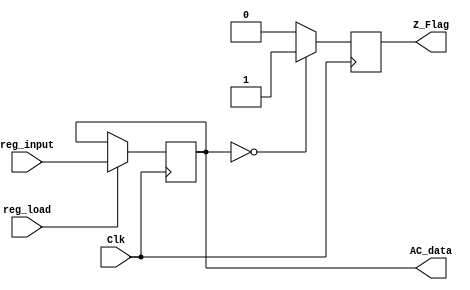
`timescale 1ns / 1ps

module AC_Register(
			reg_input,
			Clk,
			AC_data,
			reg_load,
			Z_Flag
    );
	 
input [15:0] reg_input;
input Clk;
output reg [15:0] AC_data;
output reg Z_Flag;
input reg_load;

always @(posedge Clk)
		begin
			if (reg_load)
				begin
					AC_data <=reg_input;
				end
			if(AC_data == 0)
				begin
					Z_Flag <= 1'b1;
				end
			else
				begin
					Z_Flag <= 1'b0;
				end
		end


endmodule